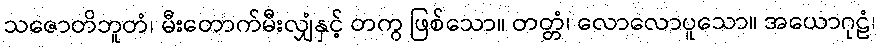
သဇောတိဘူတံ၊ မီးတောက်မီးလျှံနှင့် တကွ ဖြစ်သော။ တတ္တံ၊ လောလောပူသော။ အယောဂုဠံ၊